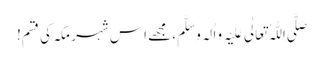
صَلَّی اللّٰہُ تَعَالٰی عَلَیْہِ وَاٰلِہ وَ سَلَّمَ، مجھے اِس شہر مکہ کی قسم!